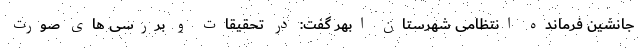
جانشین فرمانده انتظامی شهرستان ابهر گفت: در تحقیقات و بررسی های صورت